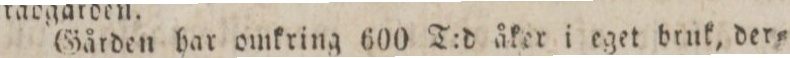
Gården har omkring 600 T:d åker i eget bruk, der=